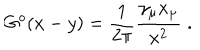
G ^ { o } ( x - y ) = \frac { 1 } { 2 \pi } \frac { \gamma _ { \mu } x _ { \mu } } { x ^ { 2 } } \; .